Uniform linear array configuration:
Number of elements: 8
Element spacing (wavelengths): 0.25
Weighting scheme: uniform
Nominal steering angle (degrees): -30
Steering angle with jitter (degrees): -31.432
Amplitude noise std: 0.05
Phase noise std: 0.05

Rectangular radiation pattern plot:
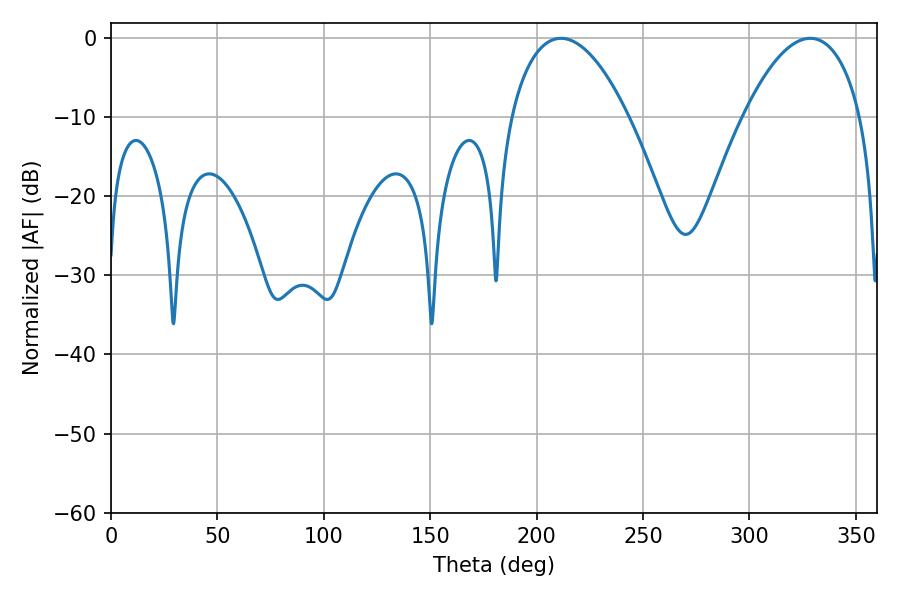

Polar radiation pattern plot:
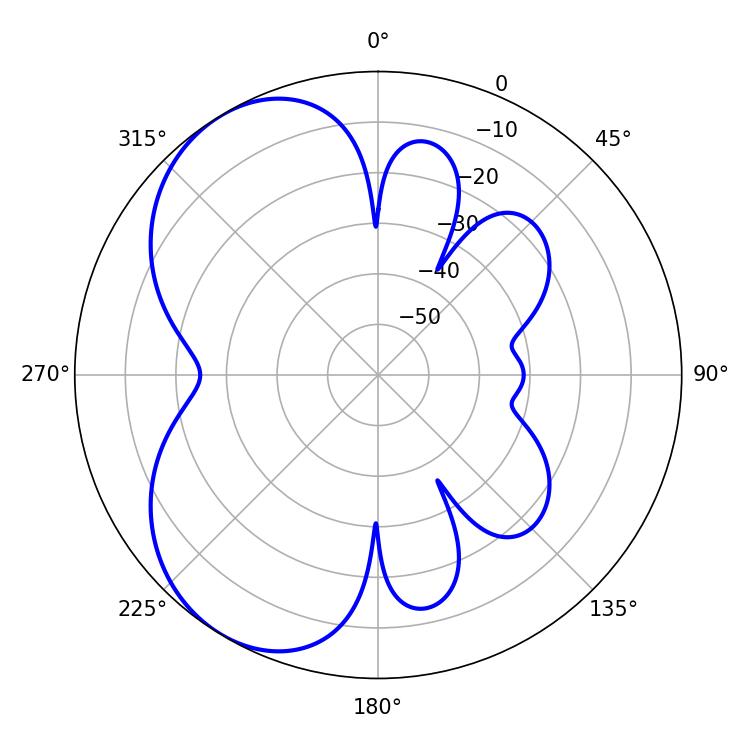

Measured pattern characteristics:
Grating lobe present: FALSE
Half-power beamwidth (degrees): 30.96
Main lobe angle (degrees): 211.5